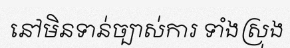
នៅមិនទាន់ច្បាស់ការ ទាំងស្រុង